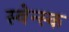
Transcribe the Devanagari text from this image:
स्वेन्स्क